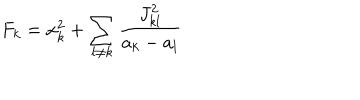
LaTeX: F _ { k } = x _ { k } ^ { 2 } + \sum _ { l \neq k } { \frac { J _ { k l } ^ { 2 } } { a _ { k } - a _ { l } } }